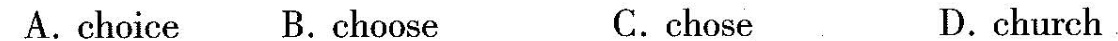
A.choice B. choose C.chose D.church